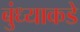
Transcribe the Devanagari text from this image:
बुंध्याकडे